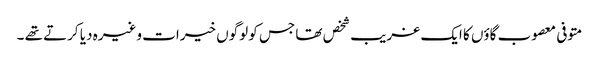
متوفی معصوب گاؤں کا ایک غریب شخص تھا جس کو لوگوں خیرات وغیرہ دیا کرتے تھے ۔